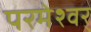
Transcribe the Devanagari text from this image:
परमेश्वर्